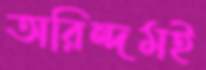
অরিন্দমই